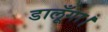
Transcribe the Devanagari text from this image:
डालूँगा।